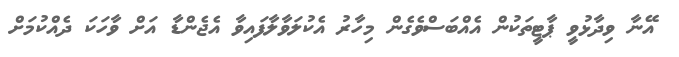
އޭނާ ވިދާޅުވީ ޕާޓީތަކުން އެއްބަސްވެގެން މިހާރު އެކުލަވާލާފައިވާ އެޖެންޑާ އަށް ވާހަކަ ދެއްކުމަށް